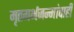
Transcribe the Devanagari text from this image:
मृतगर्भजन्मांचाही